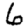
Digit: 6